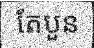
តែបួន